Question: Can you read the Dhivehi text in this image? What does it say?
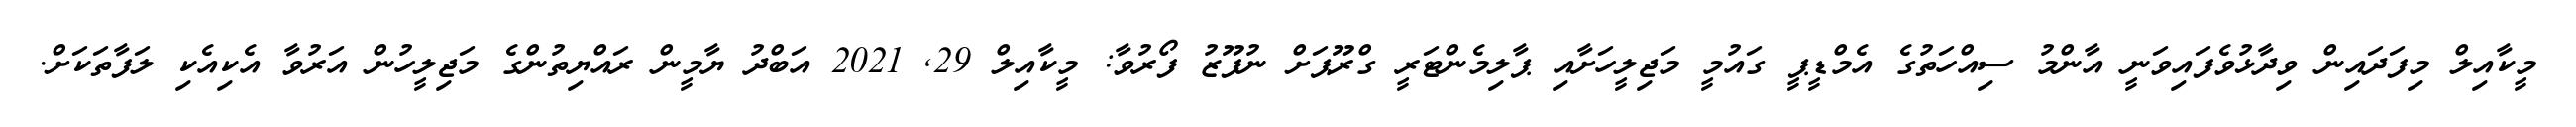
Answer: މީކާއިލް މިފަދައިން ވިދާޅުވެފައިވަނީ އާންމު ސިއްހަތުގެ އެމްޑީޕީ ގައުމީ މަޖިލީހަށާއި ޕާލިމެންޓަރީ ގްރޫޕަށް ނުފޫޒު ފޯރުވާ: މީކާއިލް 29, 2021 އަބްދު ޔާމީން ރައްޔިތުންގެ މަޖިލީހުން އަރުވާ އެކިއެކި ލަފާތަކަށް.